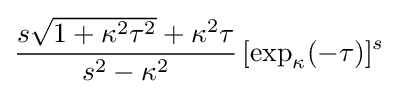
{\frac {s{\sqrt {1+\kappa ^{2}\tau ^{2}}}+\kappa ^{2}\tau }{s^{2}-\kappa ^{2}}}\,[\exp _{\kappa }(-\tau )]^{s}